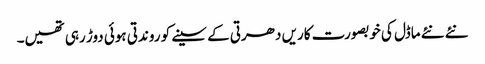
نئے نئے ماڈل کی خوبصورت کاریں دھرتی کے سینے کو روندتی ہوئی دوڑ رہی تھیں۔